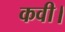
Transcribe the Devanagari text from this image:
कवी।